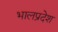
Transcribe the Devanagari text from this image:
भालप्रदेश